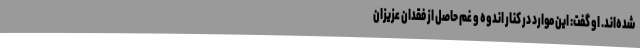
شده‌اند. او گفت: این موارد در کنار اندوه و غم حاصل از فقدان عزیزان